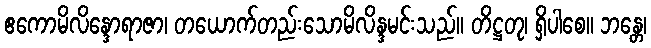
ဧကောမိလိန္ဒောရာဇာ၊ တယောက်တည်းသောမိလိန္ဒမင်းသည်။ တိဋ္ဌတု၊ ရှိပါစေ။ ဘန္တေ၊